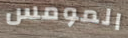
المومس